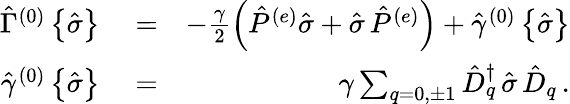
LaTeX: \begin{array}{rlr}{{\hat{\Gamma}}^{(0)}\left\{ {\hat{\sigma}}\right\} }&{{}=}&{-\frac{\gamma}{2}\left({\hat{P}}^{(e)}{\hat{\sigma}}+{\hat{\sigma}}\, {\hat{P}}^{(e)}\right)+{\hat{\gamma}}^{(0)}\left\{ {\hat{\sigma}}\right\} }\\ {{\hat{\gamma}}^{(0)}\left\{ {\hat{\sigma}}\right\} }&{{}=}&{\gamma\sum_{q=0,\pm 1}{\hat{D}}_{q}^{\dagger}\, {\hat{\sigma}}\, {\hat{D}}_{q}\, .}\end{array}